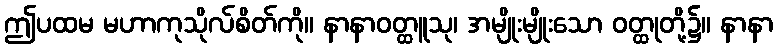
ဤပထမ မဟာကုသိုလ်စိတ်ကို။ နာနာဝတ္ထူသု၊ အမျိုးမျိုးသော ဝတ္ထုတို့၌။ နာနာ